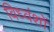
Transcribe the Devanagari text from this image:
विध्वंशों